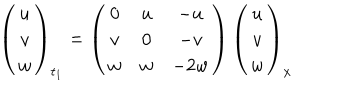
\left( \begin{matrix} { { u } } \\ { { v } } \\ { { w } } \\ \end{matrix} \right) _ { t _ { 1 } } = \left( \begin{matrix} { { 0 } } & { { u } } & { { - u } } \\ { { v } } & { { 0 } } & { { - v } } \\ { { w } } & { { w } } & { { - 2 w } } \\ \end{matrix} \right) \left( \begin{matrix} { { u } } \\ { { v } } \\ { { w } } \\ \end{matrix} \right) _ { x }